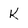
Character: k